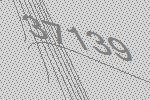
37139